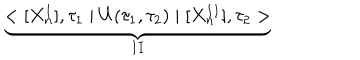
LaTeX: \underbrace { < [ X _ { n } ^ { I } ] , \tau _ { 1 } \mid U ( \tau _ { 1 } , \tau _ { 2 } ) \mid [ X _ { n } ^ { I I } ] , \tau _ { 2 } > } _ { I I }